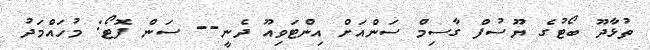
ތުޅާދޫ ބޯޓުގެ ޔޫސުފް ގާސިމް ސަންއަށް އިންޓަވިއޫ ދެނީ-- ސަން ފޮޓޯ: މުހައްމަދު